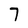
Character: 7